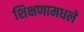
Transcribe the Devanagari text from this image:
शिक्षणामधले